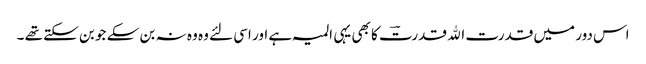
اس دور میں قدرت اﷲ قدرتؔ کا بھی یہی المیہ ہے اور اسی لئے وہ وہ نہ بن سکے جو بن سکتے تھے ۔